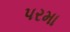
પરમા